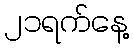
၂၁ရက်နေ့